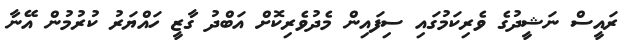
ރައީސް ނަޝީދުގެ ވެރިކަމުގައި ސިފައިން މެދުވެރިކޮށް އަބްދު ގާޒީ ހައްޔަރު ކުރުމުން އޭނާ